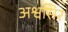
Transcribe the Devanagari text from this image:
अश्वसिर